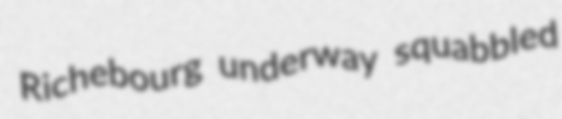
Richebourg underway squabbled